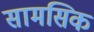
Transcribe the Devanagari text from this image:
सामसिक